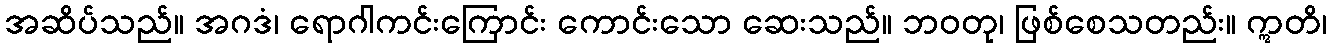
အဆိပ်သည်။ အဂဒံ၊ ရောဂါကင်းကြောင်း ကောင်းသော ဆေးသည်။ ဘဝတု၊ ဖြစ်စေသတည်း။ ဣတိ၊